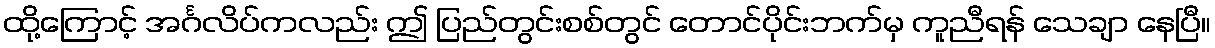
ထို့ကြောင့် အင်္ဂလိပ်ကလည်း ဤ ပြည်တွင်းစစ်တွင် တောင်ပိုင်းဘက်မှ ကူညီရန် သေချာ နေပြီ။